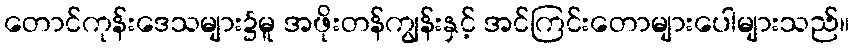
တောင်ကုန်းဒေသများ၌မူ အဖိုးတန်ကျွန်းနှင့် အင်ကြင်းတောများပေါများသည်။